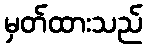
မှတ်ထားသည်